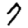
Digit: 7